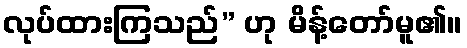
လုပ်ထားကြသည်” ဟု မိန့်တော်မူ၏။